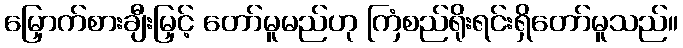
မြှောက်စားချီးမြှင့် တော်မူမည်ဟု ကြံစည်ရိုးရင်းရှိတော်မူသည်။